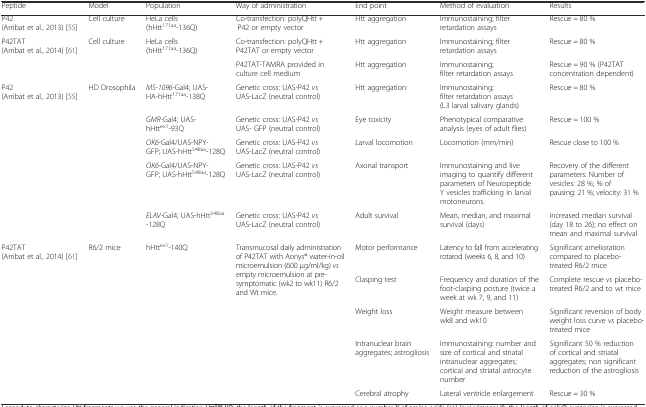
<table><thead><tr><td><b>Peptide</b></td><td><b>Model</b></td><td><b>Population</b></td><td><b>Way of administration</b></td><td><b>End point</b></td><td><b>Method of evaluation</b></td><td><b>Results</b></td></tr></thead><tbody><tr><td>P42 (Arribat et al., 2013) [55]</td><td>Cell culture</td><td>HeLa cells (hHtt<sup>171aa</sup>-136Q)</td><td>Co-transfection: polyQHtt + P42 or empty vector</td><td>Htt aggregation</td><td>Immunostaining; filter retardation assays</td><td>Rescue = 80 %</td></tr><tr><td rowspan="2">P42TAT (Arribat et al., 2014) [61]</td><td rowspan="2">Cell culture</td><td rowspan="2">HeLa cells (hHtt<sup>171aa</sup>-136Q)</td><td>Co-transfection: polyQHtt + P42TAT or empty vector</td><td>Htt aggregation</td><td>Immunostaining; filter retardation assays</td><td>Rescue = 80 %</td></tr><tr><td>P42TAT-TAMRA provided in culture cell medium</td><td>Htt aggregation</td><td>Immunostaining; filter retardation assays</td><td>Rescue = 90 % (P42TAT concentration dependent)</td></tr><tr><td rowspan="5">P42 (Arribat et al., 2013) [55]</td><td rowspan="5">HD Drosophila</td><td><i>MS-1096</i>-Gal4; UAS-HA-hHtt<sup>171aa</sup>-138Q</td><td>Genetic cross: UAS-P42 <i>vs</i> UAS-LacZ (neutral control)</td><td>Htt aggregation</td><td>Immunostaining; filter retardation assays (L3 larval salivary glands)</td><td>Rescue = 80 %</td></tr><tr><td><i>GMR</i>-Gal4; UAS- hHtt<sup>ex1</sup>-93Q</td><td>Genetic cross: UAS-P42 <i>vs</i> UAS- GFP (neutral control)</td><td>Eye toxicity</td><td>Phenotypical comparative analysis (eyes of adult flies)</td><td>Rescue = 100 %</td></tr><tr><td><i>OK6</i>-Gal4/UAS-NPY-GFP; UAS-hHtt<sup>548aa</sup>-128Q</td><td>Genetic cross: UAS-P42 <i>vs</i> UAS-LacZ (neutral control)</td><td>Larval locomotion</td><td>Locomotion (mm/min)</td><td>Rescue close to 100 %</td></tr><tr><td><i>OK6</i>-Gal4/UAS-NPY-GFP; UAS-hHtt<sup>548aa</sup>-128Q</td><td>Genetic cross: UAS-P42 <i>vs</i> UAS-LacZ (neutral control)</td><td>Axonal transport</td><td>Immunostaining and live imaging to quantify different parameters of Neuropeptide Y vesicles trafficking in larval motoneurons.</td><td>Recovery of the different parameters: Number of vesicles: 28 %; % of pausing: 21 %; velocity: 31 %</td></tr><tr><td><i>ELAV</i>-Gal4; UAS-hHtt<sup>548aa</sup>-128Q</td><td>Genetic cross: UAS-P42 <i>vs</i> UAS-LacZ (neutral control)</td><td>Adult survival</td><td>Mean, median, and maximal survival (days)</td><td>Increased median survival (day 18 to 26); no effect on mean and maximal survival</td></tr><tr><td rowspan="5">P42TAT (Arribat et al., 2014) [61]</td><td rowspan="5">R6/2 mice</td><td rowspan="5">hHtt<sup>ex1</sup>-140Q</td><td rowspan="5">Transmucosal daily administration of P42TAT with Aonys® water-in-oil microemulsion (600 μg/ml/kg) <i>vs</i> empty microemulsion at pre-symptomatic (wk2 to wk11) R6/2 and Wt mice.</td><td>Motor performance</td><td>Latency to fall from accelerating rotarod (weeks 6, 8, and 10)</td><td>Significant amelioration compared to placebo-treated R6/2 mice</td></tr><tr><td>Clasping test</td><td>Frequency and duration of the foot-clasping posture (twice a week at wk 7, 9, and 11)</td><td>Complete rescue <i>vs</i> placebo-treated R6/2 and to wt mice</td></tr><tr><td>Weight loss</td><td>Weight measure between wk8 and wk10</td><td>Significant reversion of body weight loss curve <i>vs</i> placebo-treated mice</td></tr><tr><td>Intranuclear brain aggregates; astrogliosis</td><td>Immunostaining: number and size of cortical and striatal intranuclear aggregates; cortical and striatal astrocyte number</td><td>Significant 50 % reduction of cortical and striatal aggregates; non significant reduction of the astrogliosis</td></tr><tr><td>Cerebral atrophy</td><td>Lateral ventricle enlargement</td><td>Rescue = 30 %</td></tr></tbody></table>